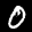
Label: 0